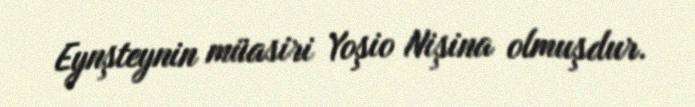
Eynşteynin müasiri Yoşio Nişina olmuşdur.